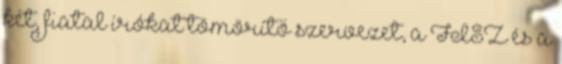
két, fiatal írókat tömörítő szervezet, a FISZ és a